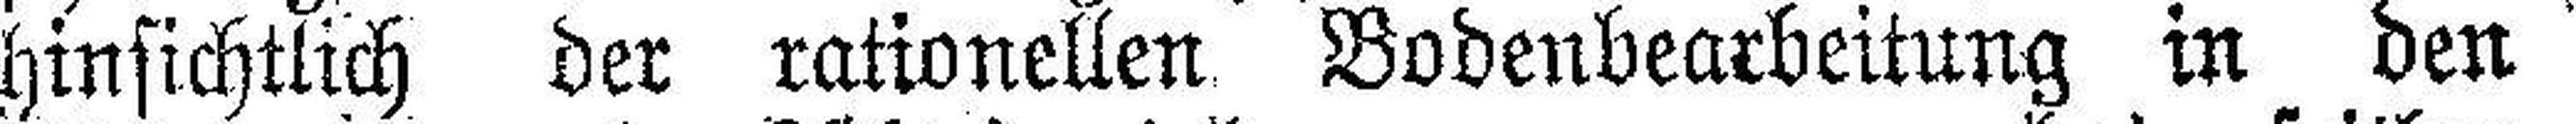
hinsichtlich der rationellen Bodenbearbeitung in den